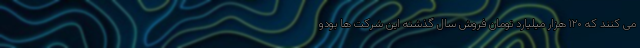
می کنند که ۱۲۰ هزار میلیارد تومان فروش سال گذشته این شرکت ها بودو